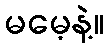
မမေ့နဲ့။